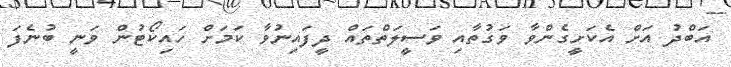
އަބްދު އަށް އެކަށީގެންވާ ވަގުތާއި ވަސީލަތްތައް ދީފައިނުވާ ކަމަށް ހައިކޯޓުން ވަނީ ބުނެފަ